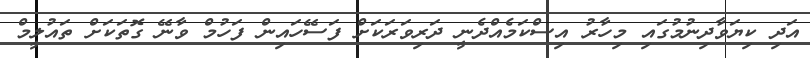
އަދި ކިޔަވާދިނުމުގައި މިހާރު އިސްކަމެއްދެނީ ދަރިވަރަކަށް ފަސޭހައިން ފަހުމް ވާނޭ ގޮތަކަށް ތައުލީމް